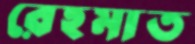
রেহমাত